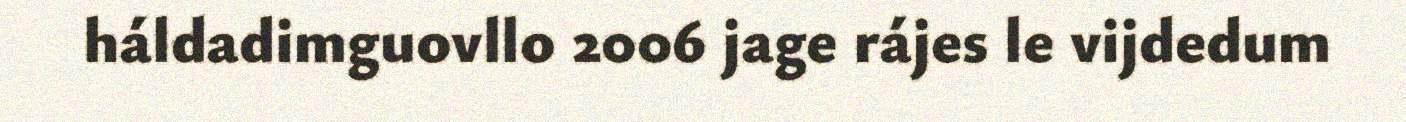
háldadimguovllo 2006 jage rájes le vijdedum